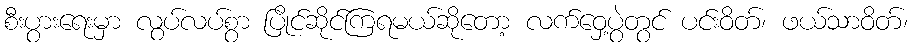
စီးပွားရေးမှာ လွပ်လပ်စွာ ပြိုင်ဆိုင်ကြရမယ်ဆိုတော့ လက်ဝှေ့ပွဲတွင် ပင်းဝိတ်၊ ဖယ်သာဝိတ်၊